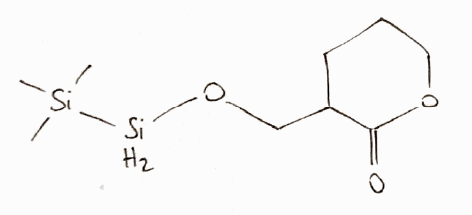
Simplified molecular-input line-entry system (SMILES) notation of the given molecule:
C[Si](C)(C)[SiH2]OCC1CCCOC1=O